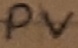
Text: PV